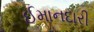
ઈમાનદારી